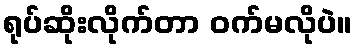
ရုပ်ဆိုးလိုက်တာ ဝက်မလိုပဲ။